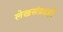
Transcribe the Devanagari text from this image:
लेखसंग्रहही